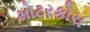
મોટરકોચ